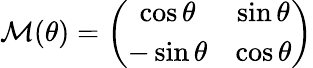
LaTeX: {\cal M}(\theta)=\left(\begin{array}{cc}{{\cos\theta}}&{{\sin\theta}}\\ {{-\sin\theta}}&{{\cos\theta}}\end{array}\right)